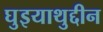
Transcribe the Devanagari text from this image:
घुइयाथुद्दीन